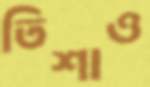
তিশাও